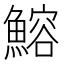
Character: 鰫